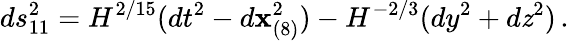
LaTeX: ds_{11}^{2}=H^{2/15}(dt^{2}-d\mathbf{x}_{(8)}^{2})-H^{-2/3}(dy^{2}+d\mathit{z}^{2})\, .